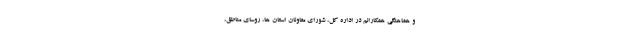
و هماهنگی همکارانم در اداره کل، شورای معاونان استان ها، روسای مناطق،